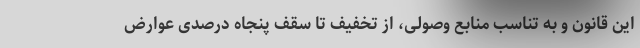
این قانون و به تناسب منابع وصولی، از تخفیف تا سقف پنجاه درصدی عوارض